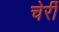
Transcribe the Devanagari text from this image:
चेर्री